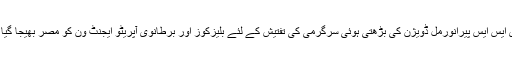
نازی ایس ایس پیرانورمل ڈویژن کی بڑھتی ہوئی سرگرمی کی تفتیش کے لئے بلیزکوز اور برطانوی آپریٹو ایجنٹ ون کو مصر بھیجا گیا ہے۔